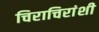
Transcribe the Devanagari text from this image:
चिराचिरांशी